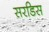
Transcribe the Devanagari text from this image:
सरडिस